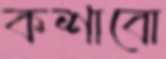
কশাবো